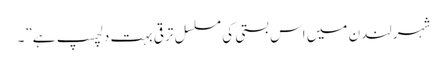
شہر لندن میں اس بستی کی مسلسل ترقی بہت دلچسپ ہے”۔